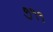
૭૧૧